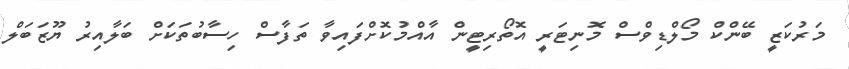
މަރުކަޒީ ބޭންކް މޯލްޑިވްސް މޮނިޓަރީ އޮތޯރިޓީން އާއްމުކޮށްފައިވާ ތަފާސް ހިސާބުތަކަށް ބަލާއިރު ޔޫޒަބަލް